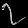
Digit: ၇